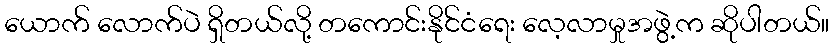
ယောက် လောက်ပဲ ရှိတယ်လို့ တကောင်းနိုင်ငံရေး လေ့လာမှုအဖွဲ့က ဆိုပါတယ်။